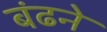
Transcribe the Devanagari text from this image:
बंढने